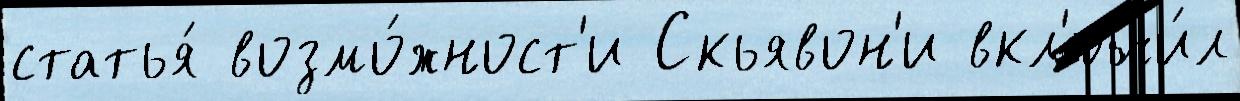
статья́ возмо́жност'и Скьявон'и вкл'ючи́л